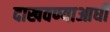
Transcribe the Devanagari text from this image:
दाखवण्याआधी